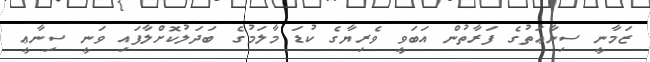
ޒަމާނީ ސިނާޢަތުގެ ފަރާތުން އަބަވީ ވެރިޔާގެ ކުޑަ މާލަމުގެ ބަދަލުކޮށްލާފައި ވަނީ ސިނާޢީ